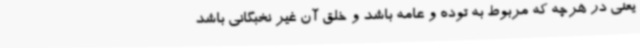
یعنی در هرچه که مربوط به توده و عامه باشد و خلق آن غیر نخبگانی باشد